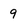
Character: 9